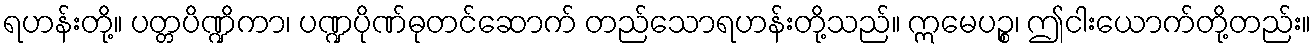
ရဟန်းတို့။ ပတ္တပိဏ္ဍိကာ၊ ပဏ္ဍပိုဏ်ဓုတင်ဆောက် တည်သောရဟန်းတို့သည်။ ဣမေပဉ္စ၊ ဤငါးယောက်တို့တည်း။